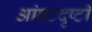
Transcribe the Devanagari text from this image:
आंबटदृष्टी